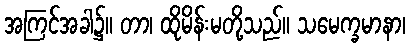
အကြင်အခါ၌။ တာ၊ ထိုမိန်းမတို့သည်။ သမေက္ခမာနာ၊